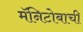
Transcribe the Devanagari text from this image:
मॅनिटोबाची